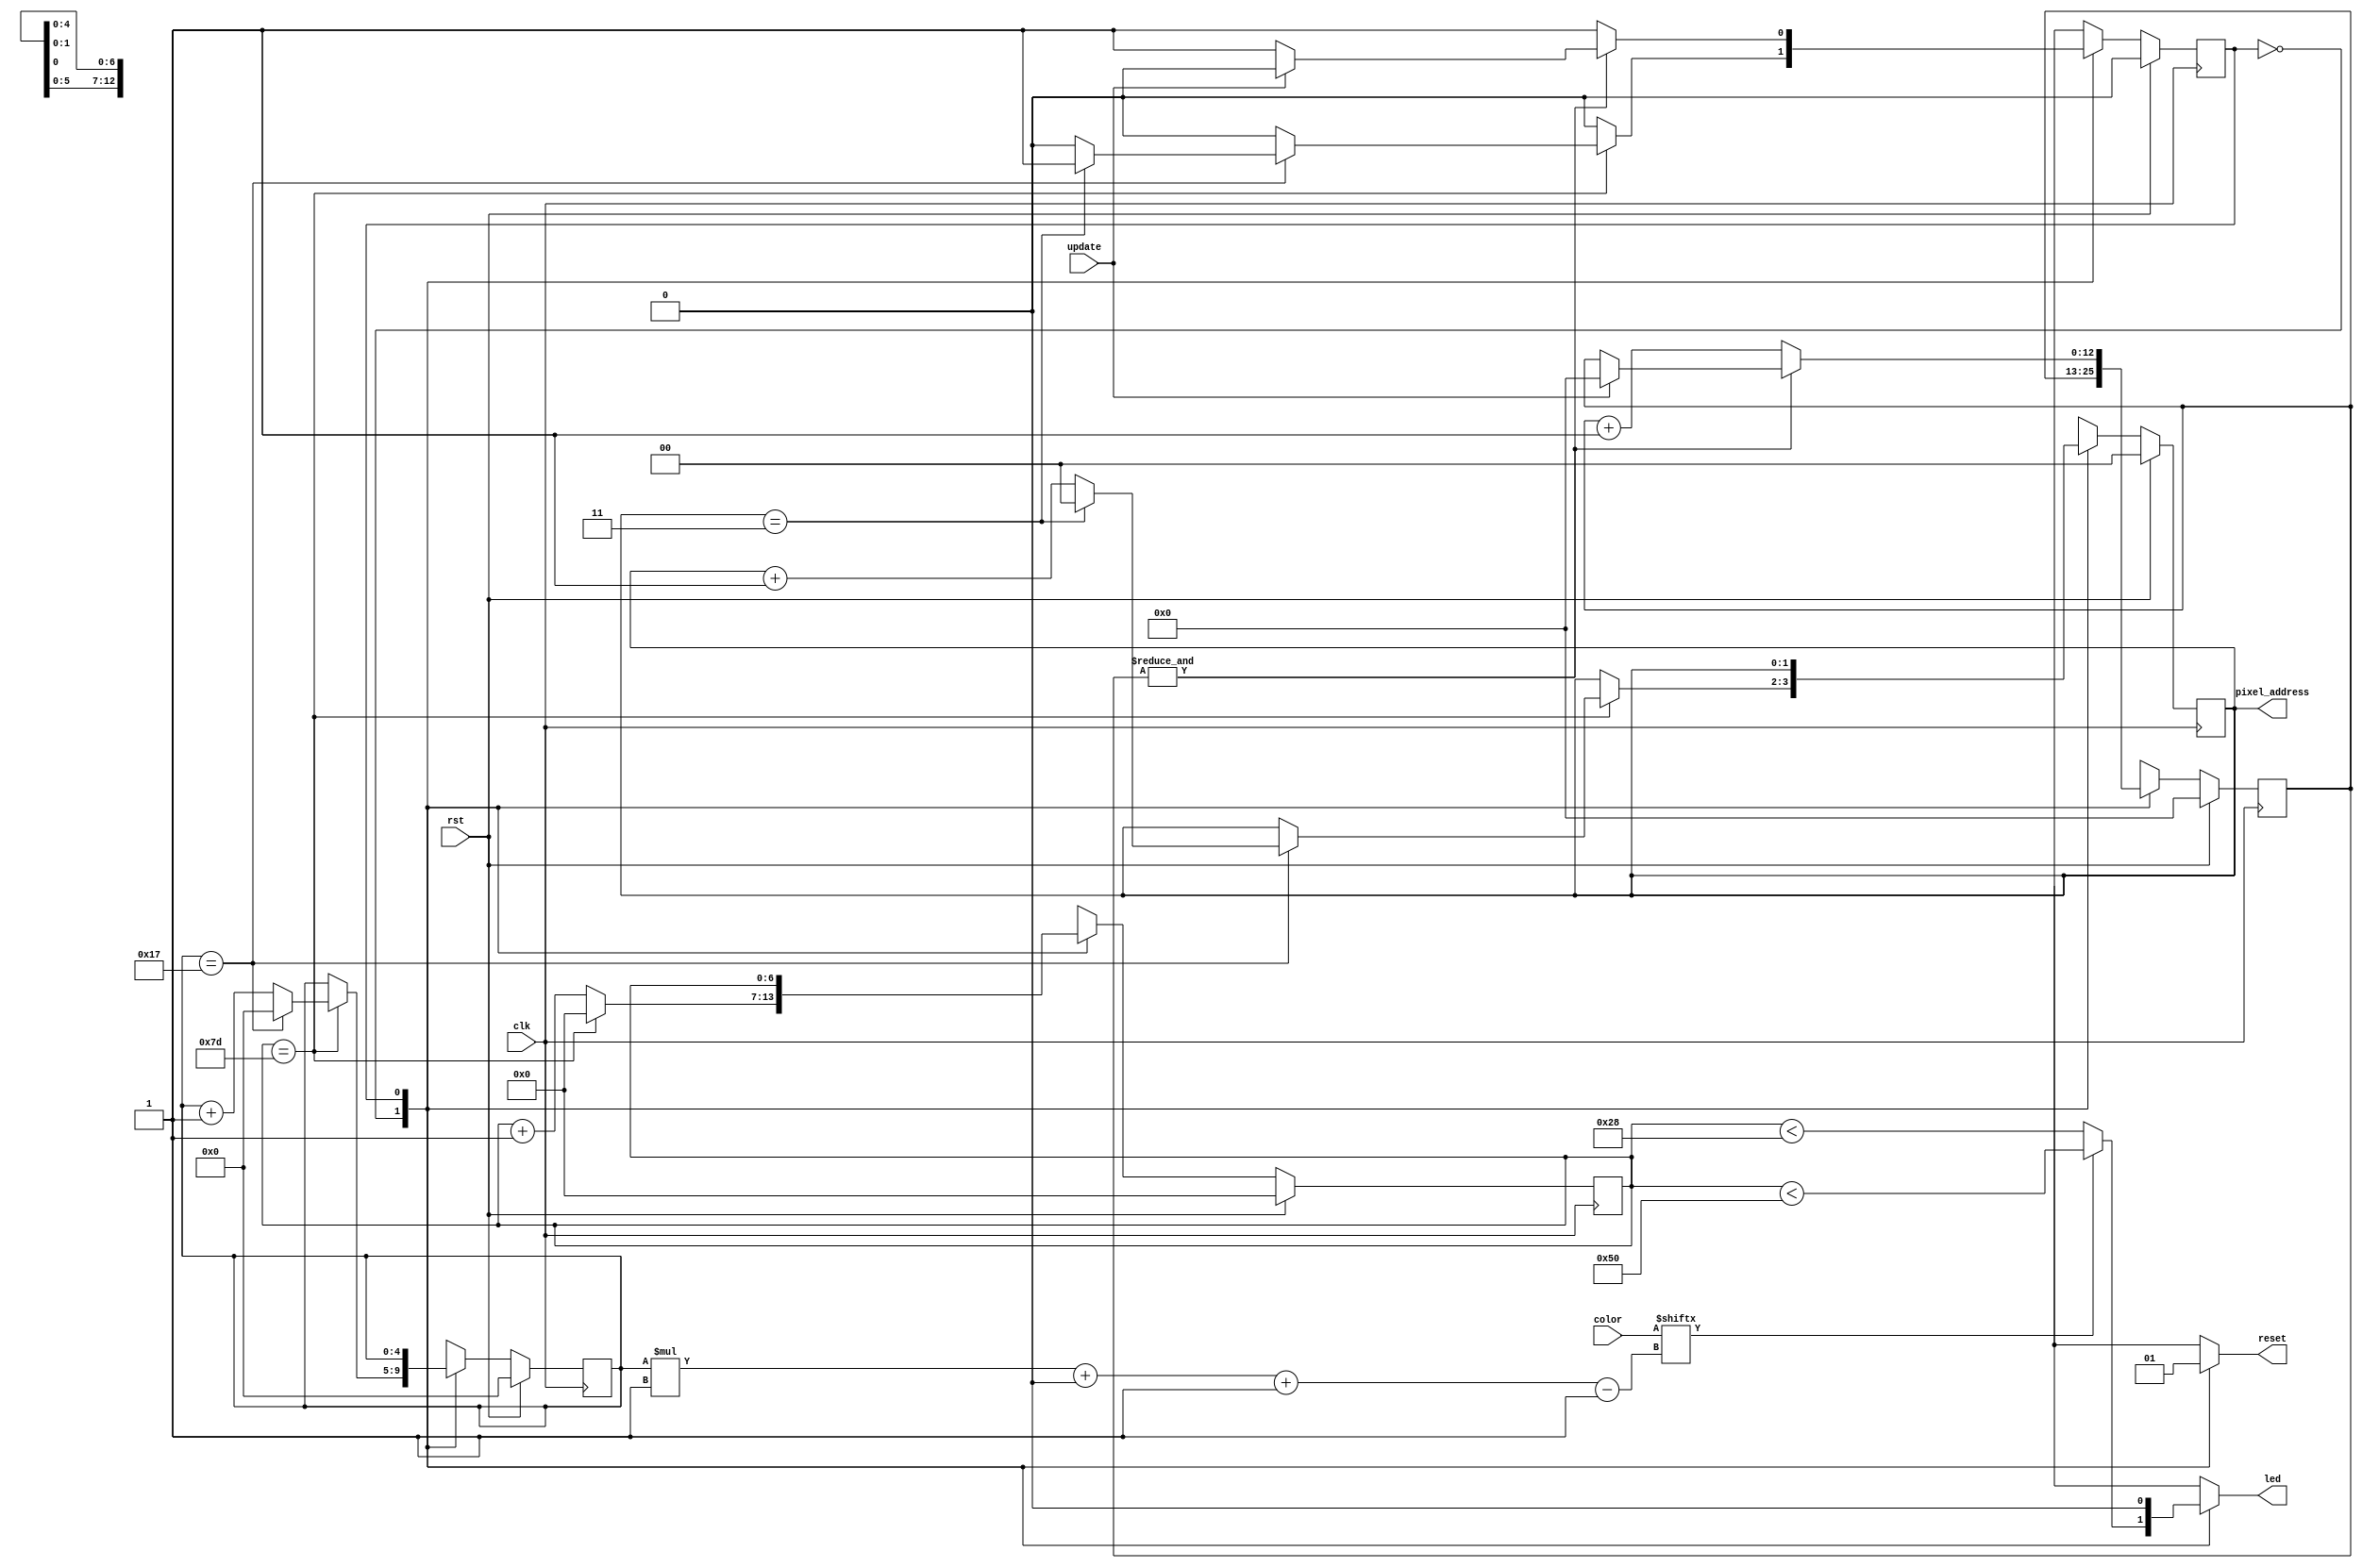
/*
   This file was generated automatically by Alchitry Labs version 1.2.7.
   Do not edit this file directly. Instead edit the original Lucid source.
   This is a temporary file and any changes made to it will be destroyed.
*/

/*
   Parameters:
     PIXEL_COUNT = PIXEL_COUNT
*/
module ws2812b_writer_20 (
    input clk,
    input rst,
    input update,
    input [23:0] color,
    output reg [1:0] pixel_address,
    output reg led,
    output reg reset
  );
  
  localparam PIXEL_COUNT = 3'h4;
  
  
  localparam SEND_PIXEL_state = 1'd0;
  localparam RESET_state = 1'd1;
  
  reg M_state_d, M_state_q = SEND_PIXEL_state;
  reg [1:0] M_pixel_address_ctr_d, M_pixel_address_ctr_q = 1'h0;
  reg [4:0] M_bit_ctr_d, M_bit_ctr_q = 1'h0;
  reg [6:0] M_ctr_d, M_ctr_q = 1'h0;
  reg [12:0] M_rst_ctr_d, M_rst_ctr_q = 1'h0;
  
  always @* begin
    M_state_d = M_state_q;
    M_ctr_d = M_ctr_q;
    M_bit_ctr_d = M_bit_ctr_q;
    M_pixel_address_ctr_d = M_pixel_address_ctr_q;
    M_rst_ctr_d = M_rst_ctr_q;
    
    led = 1'h0;
    reset = 1'h0;
    pixel_address = M_pixel_address_ctr_q;
    
    case (M_state_q)
      SEND_PIXEL_state: begin
        if (color[(M_bit_ctr_q)*1+0-:1]) begin
          led = M_ctr_q < 7'h50;
        end else begin
          led = M_ctr_q < 6'h28;
        end
        M_ctr_d = M_ctr_q + 1'h1;
        if (M_ctr_q == 7'h7d) begin
          M_ctr_d = 1'h0;
          M_bit_ctr_d = M_bit_ctr_q + 1'h1;
          if (M_bit_ctr_q == 5'h17) begin
            M_bit_ctr_d = 1'h0;
            M_pixel_address_ctr_d = M_pixel_address_ctr_q + 1'h1;
            if (M_pixel_address_ctr_q == 4'h3) begin
              M_pixel_address_ctr_d = 1'h0;
              M_state_d = RESET_state;
            end
          end
        end
      end
      RESET_state: begin
        reset = 1'h1;
        if ((&M_rst_ctr_q)) begin
          if (update) begin
            M_rst_ctr_d = 1'h0;
            M_state_d = SEND_PIXEL_state;
          end
        end else begin
          M_rst_ctr_d = M_rst_ctr_q + 1'h1;
        end
      end
    endcase
  end
  
  always @(posedge clk) begin
    if (rst == 1'b1) begin
      M_pixel_address_ctr_q <= 1'h0;
      M_bit_ctr_q <= 1'h0;
      M_ctr_q <= 1'h0;
      M_rst_ctr_q <= 1'h0;
      M_state_q <= 1'h0;
    end else begin
      M_pixel_address_ctr_q <= M_pixel_address_ctr_d;
      M_bit_ctr_q <= M_bit_ctr_d;
      M_ctr_q <= M_ctr_d;
      M_rst_ctr_q <= M_rst_ctr_d;
      M_state_q <= M_state_d;
    end
  end
  
endmodule